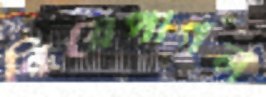
বিয়েপাগল